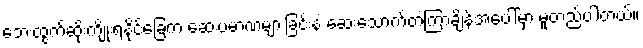
ဘေးထွက်ဆိုးကျိုးရနိုင်ခြေက ဆေးပမာဏများခြင်းနဲ့ ဆေးသောက်တဲ့ကြာချိန်အပေါ်မှာ မူတည်ပါတယ်။